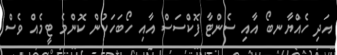
އަދި ހެއްޔާނބޯ އާއި ސެންޓާ ފޮކްސަސް އާއި ހޯބަހަކުން ކޮންމެ ޓީމެއް ވެސް